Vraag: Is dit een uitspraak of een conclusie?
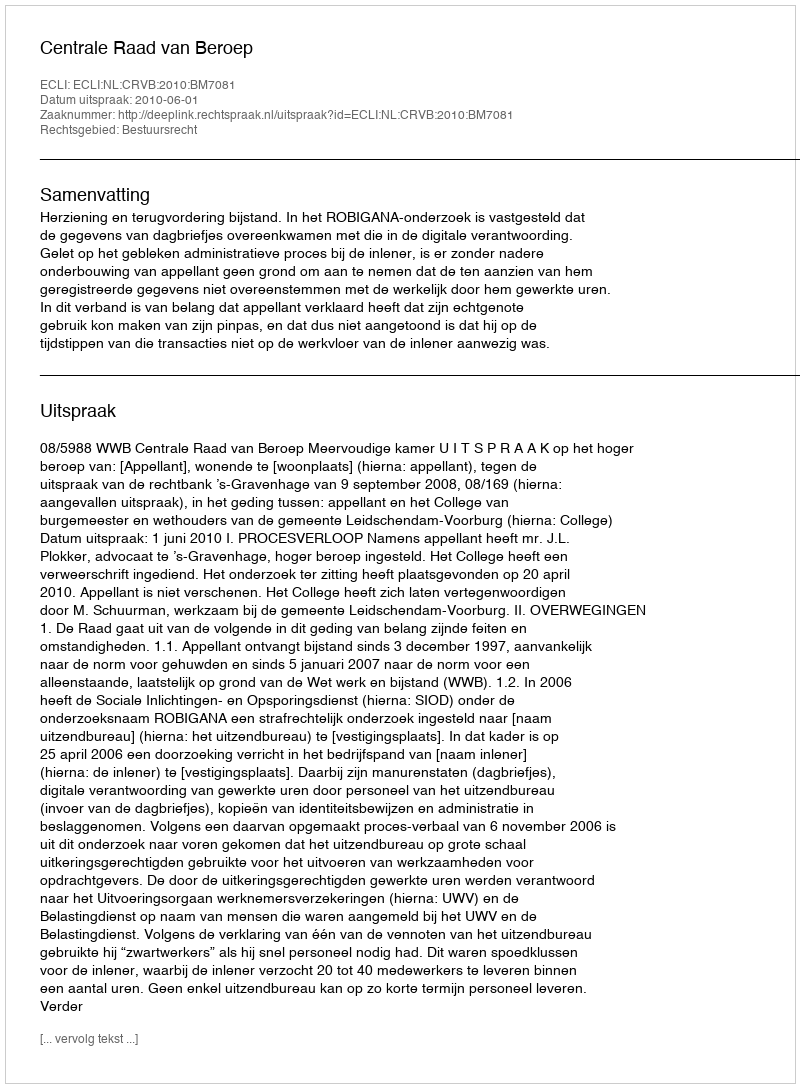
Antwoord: Uitspraak